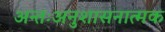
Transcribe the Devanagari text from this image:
अन्तःअनुशासनात्मक